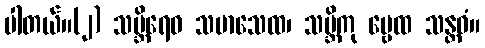
ပါတယ်။(၂) သဗ္ဘိရေဝ သမာသေထ၊ သဗ္ဘိကု ဗ္ဗေထ သန္တဝံ။